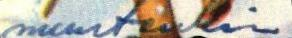
muutenkin